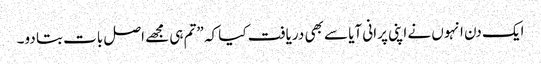
ایک دن انہوں نے اپنی پرانی آیا سے بھی دریافت کیا کہ ”تم ہی مجھے اصل بات بتا دو۔